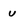
Character: u